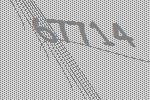
67714